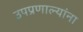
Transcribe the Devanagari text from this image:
उपप्रणाल्यांना